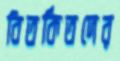
বিতর্কিতদের